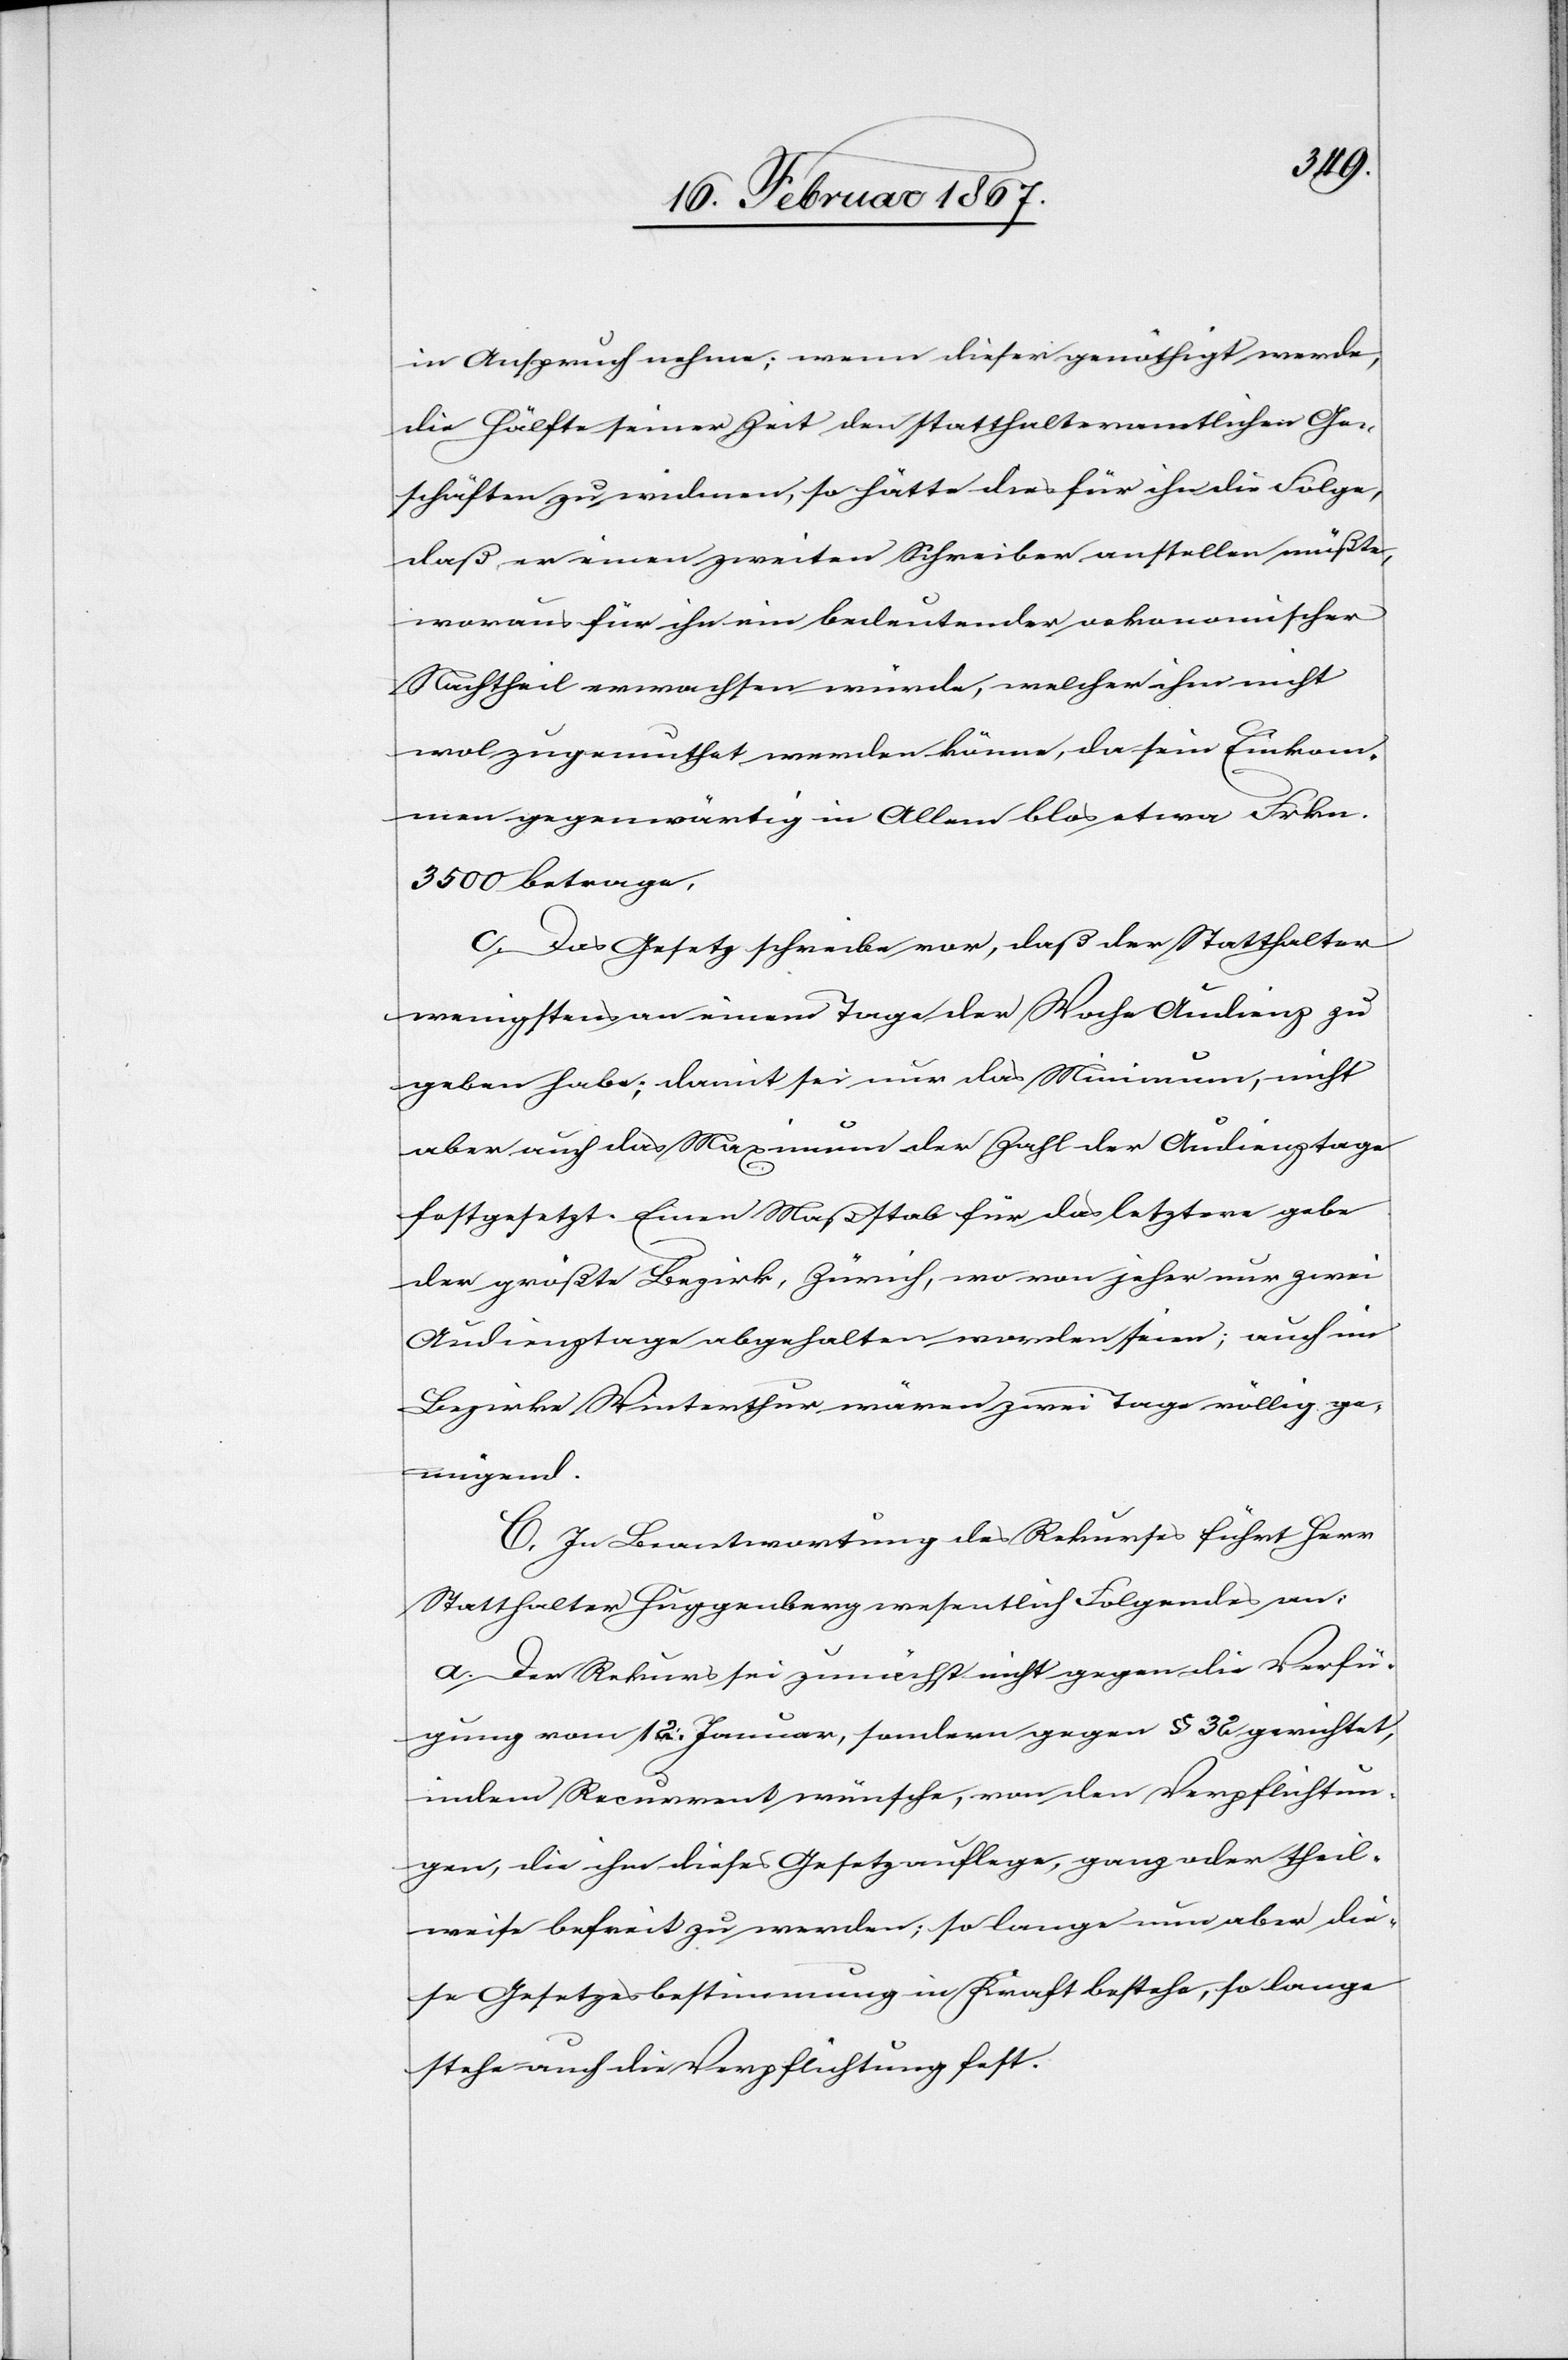
in Anspruch nehme; wenn dieser genöthigt werde,
die Hälfte seiner Zeit den statthalteramtlichen Ge¬
schäften zu widmen, so hätte dies für ihn die Folge,
daß er einen zweiten Schreiber anstellen müßte,
woraus für ihn ein bedeutender oekonomischer
Nachtheil erwachsen würde, welcher ihm nicht
wol zugemuthet werden könne, da sein Einkom¬
men gegenwärtig in Allem blos etwa Frkn.
3500 betrage.
c. Das Gesetz schreibe vor, daß der Statthalter
wenigstens an einem Tage der Woche Audienz zu
geben habe; damit sei nur das Minimum, nicht
aber auch das Maximum der Zahl der Audienztage
festgesetzt. Einen Maßstab für das letztere gebe
der größte Bezirk, Zürich, wo von jeher nur zwei
Audienztage abgehalten worden seien; auch im
Bezirke Winterthur wären zwei Tage völlig ge¬
nügend.
C. In Beantwortung des Rekurses führt Herr
Statthalter Huggenberg wesentlich Folgendes an:
a. Der Rekurs sei zunächst nicht gegen die Verfü¬
gung vom 12. Januar, sondern gegen § 32 gerichtet,
indem Recurrent wünsche, von den Verpflichtun¬
gen, die ihm dieses Gesetz auflege, ganz oder theil¬
weise befreit zu werden; so lange nun aber die¬
se Gesetzesbestimmung in Kraft bestehe, so lange
stehe auch die Verpflichtung fest.